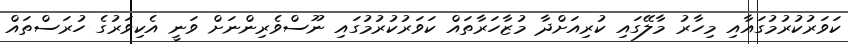
ކަވަރުކުރުމުގައާއި މިހާރު މާލޭގައި ކުރިއަށްދާ މުޒާހަރާތައް ކަވަރުކުރުމުގައި ނޫސްވެރިންނަށް ވަނީ އެކިވަރުގެ ހުރަސްތައް